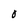
Character: O